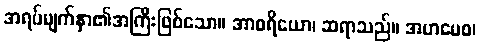
အရပ်မျက်နှာ၏အကြီးဖြစ်သော။ အာစရိယော၊ ဆရာသည်။ အဟမေဝ၊